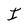
Character: I